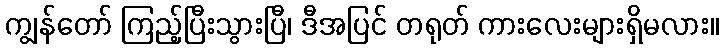
ကျွန်တော် ကြည့်ပြီးသွားပြီ၊ ဒီအပြင် တရုတ် ကားလေးများရှိမလား။